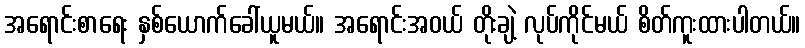
အရောင်းစာရေး နှစ်ယောက်ခေါ်ယူမယ်။ အရောင်းအဝယ် တိုးချဲ့ လုပ်ကိုင်မယ် စိတ်ကူးထားပါတယ်။